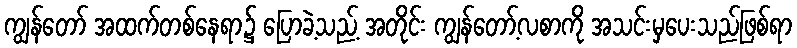
ကျွန်တော် အထက်တစ်နေရာ၌ ပြောခဲ့သည့် အတိုင်း ကျွန်တော့်လစာကို အသင်းမှပေးသည်ဖြစ်ရာ